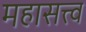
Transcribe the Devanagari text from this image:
महासत्त्व